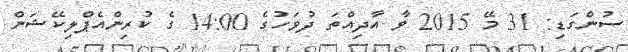
ސުންގަޑި: 31 މޭ 2015 ވާ އާދިއްތަ ދުވަހުގެ 14:00 ގެ ކުރިންއެޕްލިކޭޝަން